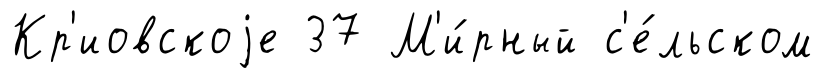
Кр'иовскоjе 37 М'и́рный с'е́льском